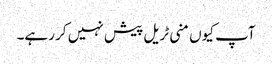
آپ کیوں منی ٹریل پیش نہیں کر رہے۔